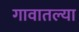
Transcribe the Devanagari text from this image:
गावातल्‍या